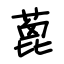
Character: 蓖